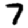
Digit: 7